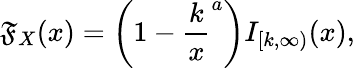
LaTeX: \mathfrak{F}_{X}(x)=\left(1-{\frac{{k}}{{x}}}^{a}\right)I_{[k,\infty)}(x),